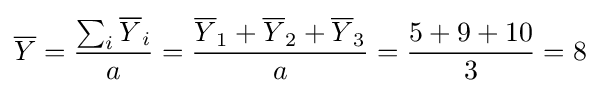
{\overline {Y}}={\frac {\sum _{i}{\overline {Y}}_{i}}{a}}={\frac {{\overline {Y}}_{1}+{\overline {Y}}_{2}+{\overline {Y}}_{3}}{a}}={\frac {5+9+10}{3}}=8